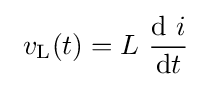
~v_{\mathrm {L} }(t)=L\ {\frac {\mathrm {d} \ i}{\mathrm {d} t}}\;